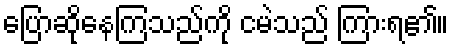
ပြောဆိုနေကြသည်ကို ငမဲသည် ကြားရ၏။